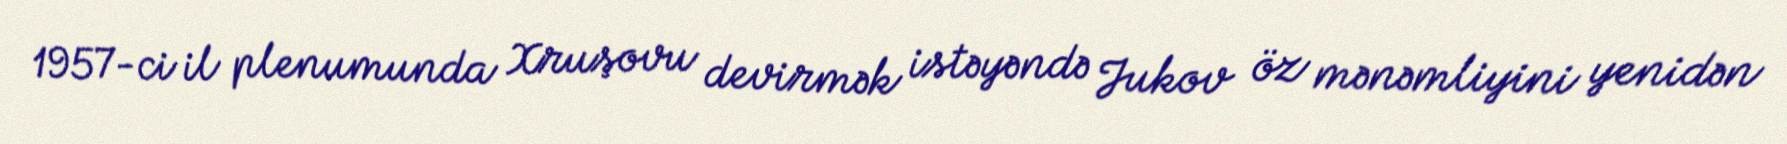
1957-ci il plenumunda Xruşovu devirmək istəyəndə Jukov öz mənəmliyini yenidən